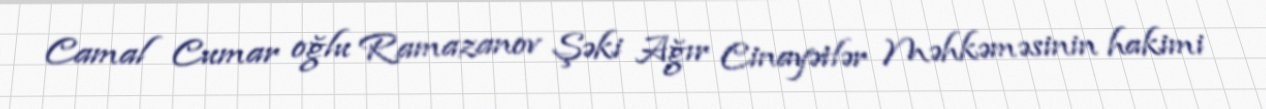
Camal Cumar oğlu Ramazanov Şəki Ağır Cinayətlər Məhkəməsinin hakimi